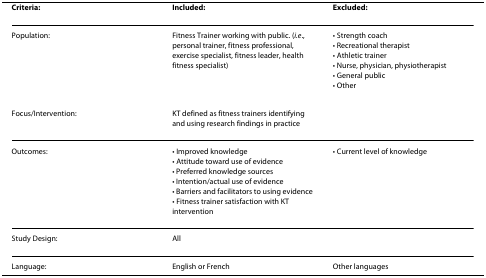
<table><thead><tr><td><b>Criteria:</b></td><td><b>Included:</b></td><td><b>Excluded:</b></td></tr></thead><tbody><tr><td>Population:</td><td>Fitness Trainer working with public. (<i>i.e</i>., personal trainer, fitness professional, exercise specialist, fitness leader, health fitness specialist)</td><td>• Strength coach• Recreational therapist• Athletic trainer• Nurse, physician, physiotherapist• General public• Other</td></tr><tr><td>Focus/Intervention:</td><td>KT defined as fitness trainers identifying and using research findings in practice</td><td></td></tr><tr><td>Outcomes:</td><td>• Improved knowledge• Attitude toward use of evidence• Preferred knowledge sources• Intention/actual use of evidence• Barriers and facilitators to using evidence• Fitness trainer satisfaction with KT intervention</td><td>• Current level of knowledge</td></tr><tr><td>Study Design:</td><td>All</td><td></td></tr><tr><td>Language:</td><td>English or French</td><td>Other languages</td></tr></tbody></table>